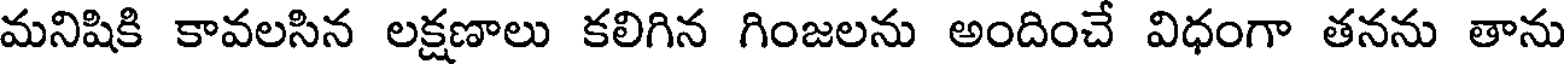
మనిషికి కావలసిన లక్షణాలు కలిగిన గింజలను అందించే విధంగా తనను తాను